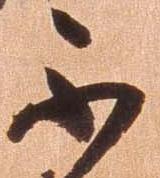
不